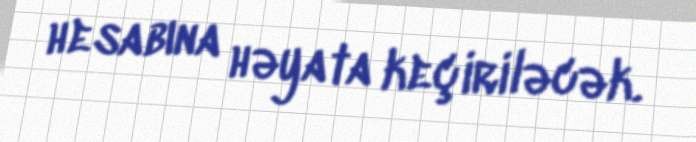
hesabına həyata keçiriləcək.